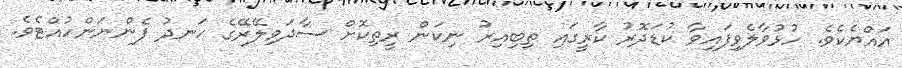
އައްޔެކެވެ. ހުޅުވާލެވިފައިވާ ކުޑަދޮރު ކާރީގައި ތިބިއިރު ނިކަން ރީތިކޮށް ސާދަވިލޭރޭގެ ހަނދު ފެންނަންހުއްޓެވެ.